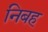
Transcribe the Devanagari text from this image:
निबह